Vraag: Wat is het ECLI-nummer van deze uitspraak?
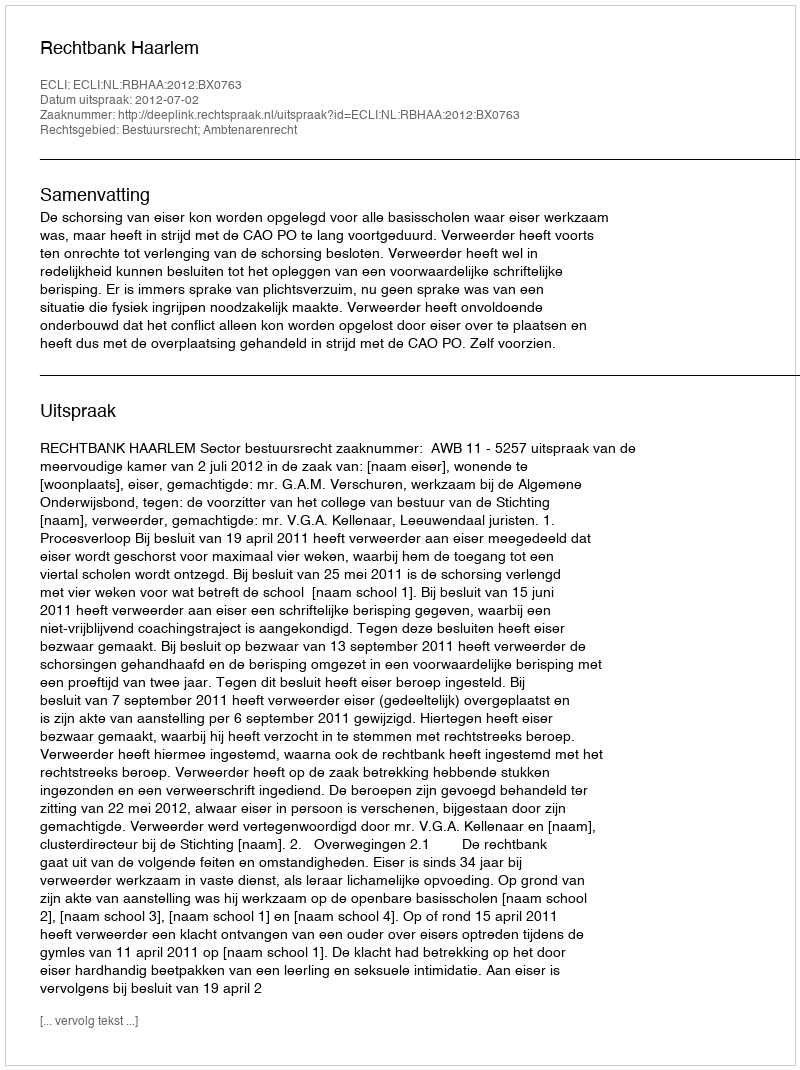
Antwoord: ECLI:NL:RBHAA:2012:BX0763